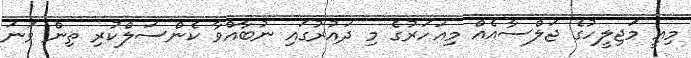
މިއީ މަޖިލީހުގެ ޖަލްސާއެއް މިއަހަރުގެ މި ދައުރުގައި ނުބާއްވާ ކެންސަލްކުރި ތިން ވަނަ